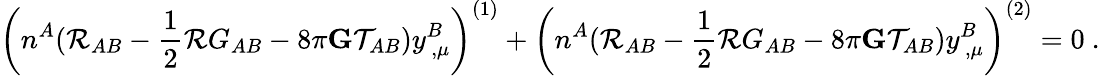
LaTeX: \left(n^{A}({\cal R}_{AB}-\frac{1}{2}{\cal R}G_{AB}-8\pi{\mathbf G}{\cal T}_{AB})y_{\, ,\mu}^{B}\right)^{(1)}+\left(n^{A}({\cal R}_{AB}-\frac{1}{2}{\cal R}G_{AB}-8\pi{\mathbf G}{\cal T}_{AB})y_{\, ,\mu}^{B}\right)^{(2)}=0~.